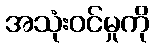
အသုံးဝင်မှုကို